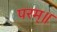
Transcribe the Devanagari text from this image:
परम्॥